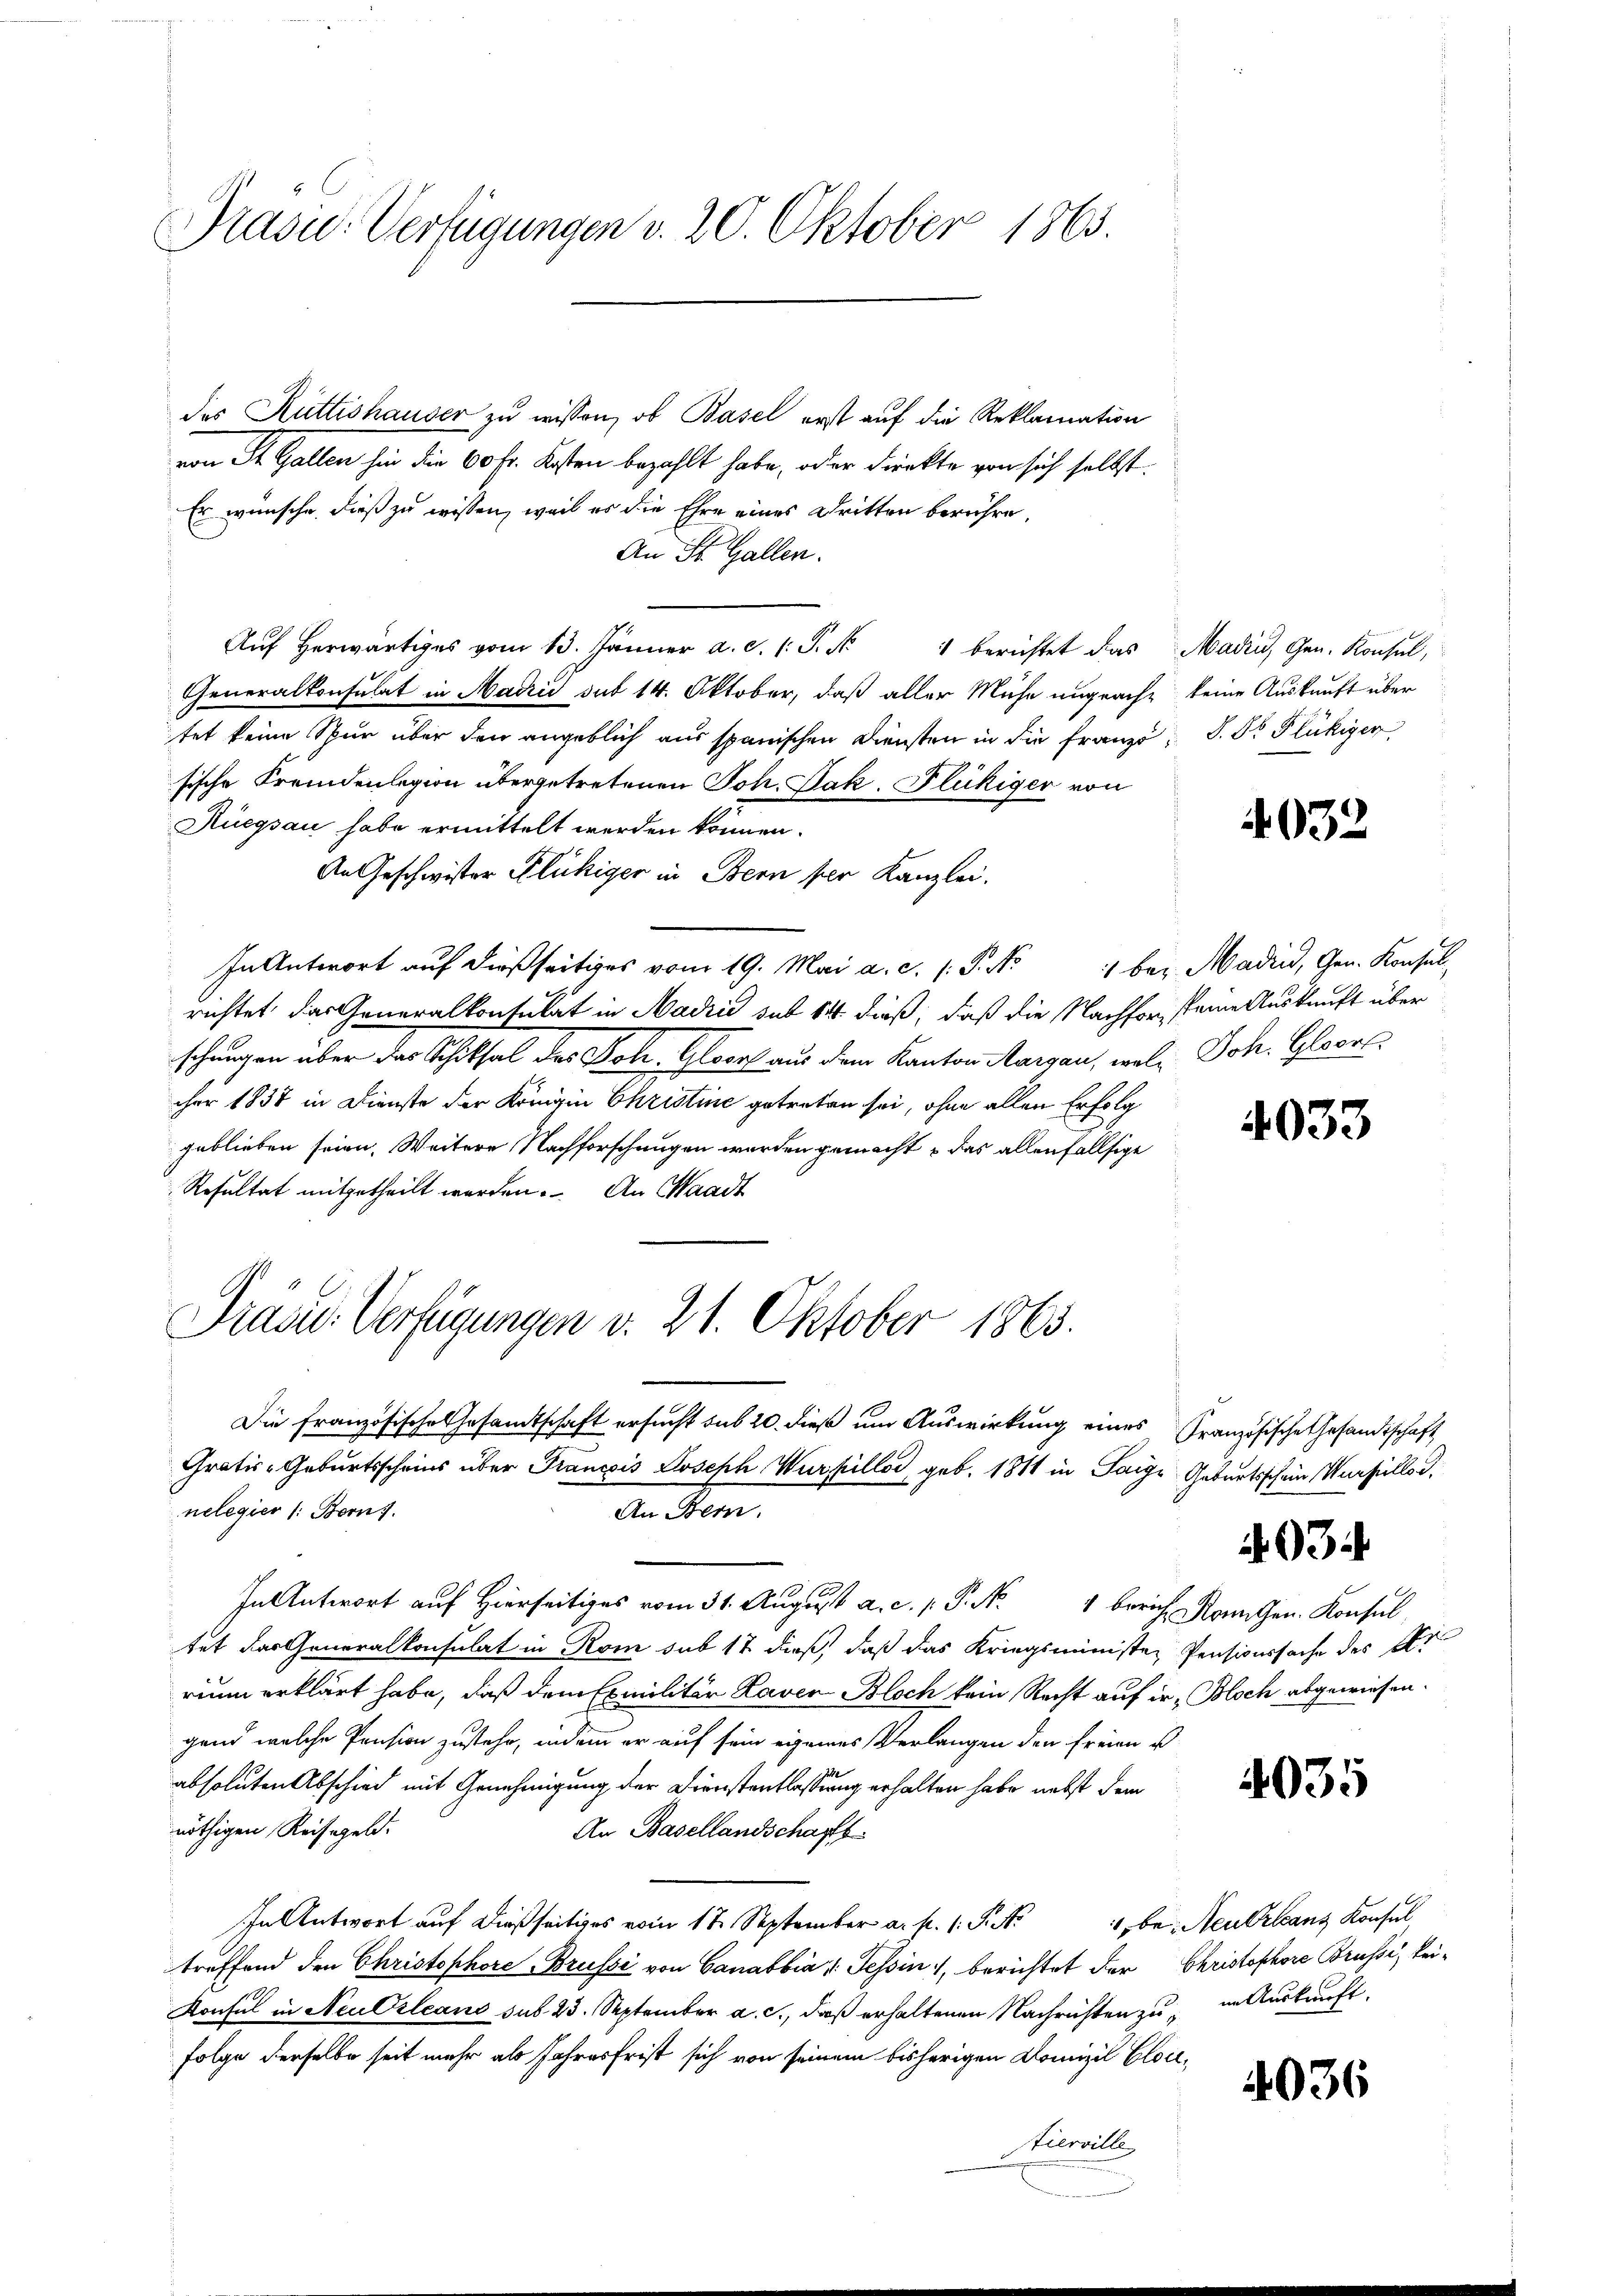
Präsid.- Verfügungen v. 20. Oktober 1863.

des Rüttishauser zu wissen, ob Basel erst auf die Reklamation
von St. Gallen hin die 60 Fr. Kosten bezahlt habe, oder Direkte von sich selbst.
Er wünsche, dieß zu wissen, weil es die Ehre eines Dritten berühre,
An St. Gallen.
Aŭf herwärtiges vom 13. Jänner a. c. 1. P. Nr. 1 berichtet das Madin, Gen. Konsul,
Generalkonsulat in Madri sub 14. Oktober, daß aller Mühe unprache keine Auskunft über
tet keine Spur über den angeblich aus spanischen Diensten in die Franzo; S. Dr Flückiger
sische Fremdenlegion übergetretenen Joh. Jak. Flückiger von
Rüegsau habe ermittelt werden können.
An Geschwister Flückiger in Bern per Kanzlei.
In Antwort auf dießseitiges vom 19. Mai a. c. s. S. No 1 bez. Madin, Gen. Konsul-
richtet das Generalkonsulat in Madrid sub 14. dieß, daß die Nachforsteine Auskunft über
schungen über das Schiksal des Joh. Gloorf aus dem Kanton Aargau, welch Joh. Gloors
cher 1838 in Dienste der Königin Christine getreten sei, ohne allen Erfolg
geblieben seien, Weitere Nachforschungen werden gemacht & das allenfallsige
Resultat mitgetheilt werden. An Waadt
Präsid. Verfügungen v. 21. Oktober 1863.
Die französische Gesandtschaft ersucht sub 20. dieß um Auswirkung eines Französische Gesandtschaft
Gratis-Geburtsscheins über Francois Joseph Wurstillos, geb. 1811 in Saige Geburtsschein Versillod,
nelegier /: Bern.
An Bern.
In Antwort auf Hierseits vom 31. August a. c. P. Nr. 4 berich Kann Gen. Konsul,
tet das Generalkonsulat in Rom sub 17 dieß, daß das Kriegsminister Pensionssache des Ar
rium erklärt habe, daß dem Exmilitär Raven Bloch kein Recht auf in Bloch abgewiesen.
gend welche Pension zustehe, indem er auf sein eigenes Verlangen den freien u
absoluten Abschied mit Genehmigung der Dienstentlassung erhalten habe nebst dem
nöthigen Reisegeld.
An Basellandschafts
In Antwort auf dießseitiges vom 17. September a. p. 1 S. Nr. 4, bei Neu Orleans Konsul,
treffend den Christophore Brussi von Canabbia v. Tessin, berichtet der
Konsul in Neu Orleans sub. 23. September a. c., daß erhaltenen Nachrichten zu in Auskunft.
folge derselbe seit mehr als Jahresfrist sich von seinem bisherigen Domizil Clou¬
Stierelle

4032

4033

97

4035

Christophore Brüsse, kei¬

4036